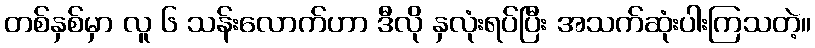
တစ်နှစ်မှာ လူ ၆ သန်းလောက်ဟာ ဒီလို နှလုံးရပ်ပြီး အသက်ဆုံးပါးကြသတဲ့။